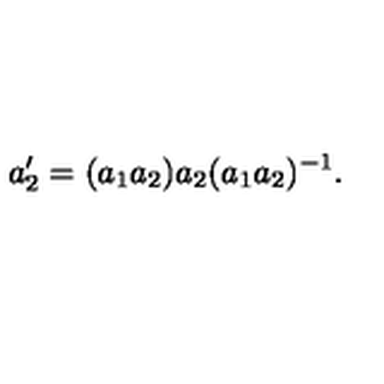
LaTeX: a _ { 2 } ^ { \prime } = ( a _ { 1 } a _ { 2 } ) a _ { 2 } ( a _ { 1 } a _ { 2 } ) ^ { - 1 } .